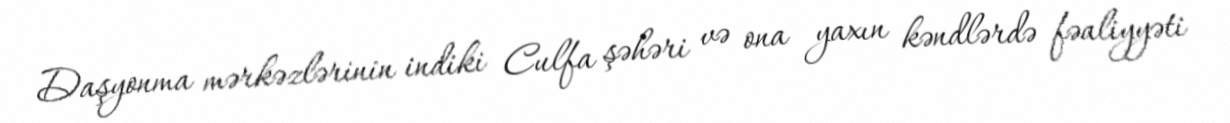
Daşyonma mərkəzlərinin indiki Culfa şəhəri və ona yaxın kəndlərdə fəaliyyəti